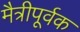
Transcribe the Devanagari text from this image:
मैत्रीपूर्वक